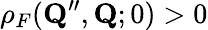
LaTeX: \rho_{F}(\mathbf{Q}^{\prime\prime},\mathbf{Q};0)>0